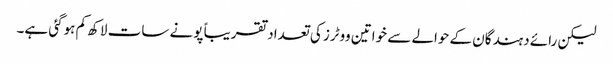
لیکن رائے دہندگان کے حوالے سے خواتین ووٹرز کی تعداد تقریباً پونے سات لاکھ کم ہوگئی ہے۔